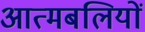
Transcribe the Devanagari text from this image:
आत्मबलियों